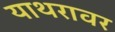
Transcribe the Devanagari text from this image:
याथरावर